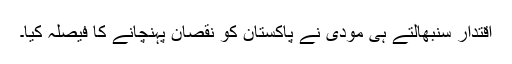
اقتدار سنبھالتے ہی مودی نے پاکستان کو نقصان پہنچانے کا فیصلہ کیا۔